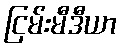
ငြမ်းမီဒီယာ